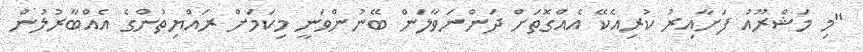
"މި މަޝްރޫއު ފަށާއިރު ކުރިއެކޭ އެއްގޮތަށް ދަންނަވާލަން ބޭނުންވަނީ މިކަމަށް ރައްޔިތުންގެ އެއްބާރުލުން